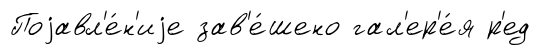
Поjавл'е́н'иjе зав'е́шено гал'ер'е́я р'ед